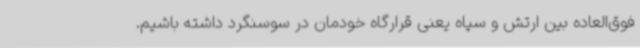
فوق‌العاده بین ارتش و سپاه یعنی قرارگاه خودمان در سوسنگرد داشته باشیم.